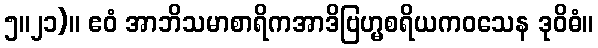
၅။၂၁)။ ဧဝံ အာဘိသမာစာရိကအာဒိဗြဟ္မစရိယကဝသေန ဒုဝိဓံ။